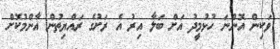
ވަކިން އޮންނަ ހުޅުމީދު އަށް ބަލާ އިރު އެ ރަށުގެ ރައްޔިތުން އާންމުކޮށް